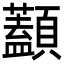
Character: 𩕭